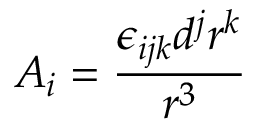
A _ { i } = \frac { \epsilon _ { i j k } d ^ { j } r ^ { k } } { r ^ { 3 } }